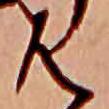
は